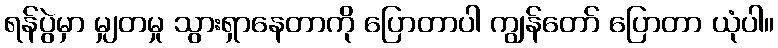
ရန်ပွဲမှာ မျှတမှု သွားရှာနေတာကို ပြောတာပါ ကျွန်တော် ပြောတာ ယုံပါ။